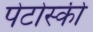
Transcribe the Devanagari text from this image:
पेटोस्की